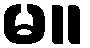
မ။